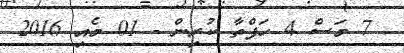
7 މަސް 4 ހަފްތާ ކުރިން - 01 މެއި 2016